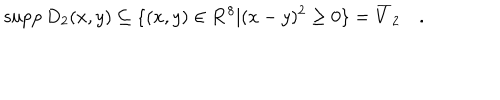
\mathrm { s u p p } \, D _ { 2 } ( x , y ) \subseteq \{ ( x , y ) \in { \bf { R } } ^ { 8 } | ( x - y ) ^ { 2 } \geq 0 \} = \overline { { { V } } } _ { 2 } \quad .